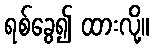
ရစ်ခွေ၍ ထားလို့။